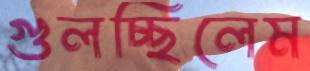
গুলচ্ছিলেম